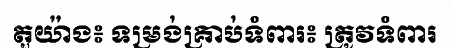
តួយ៉ាង៖ ទម្រង់គ្រាប់ទំពារ៖ ត្រូវទំពារ